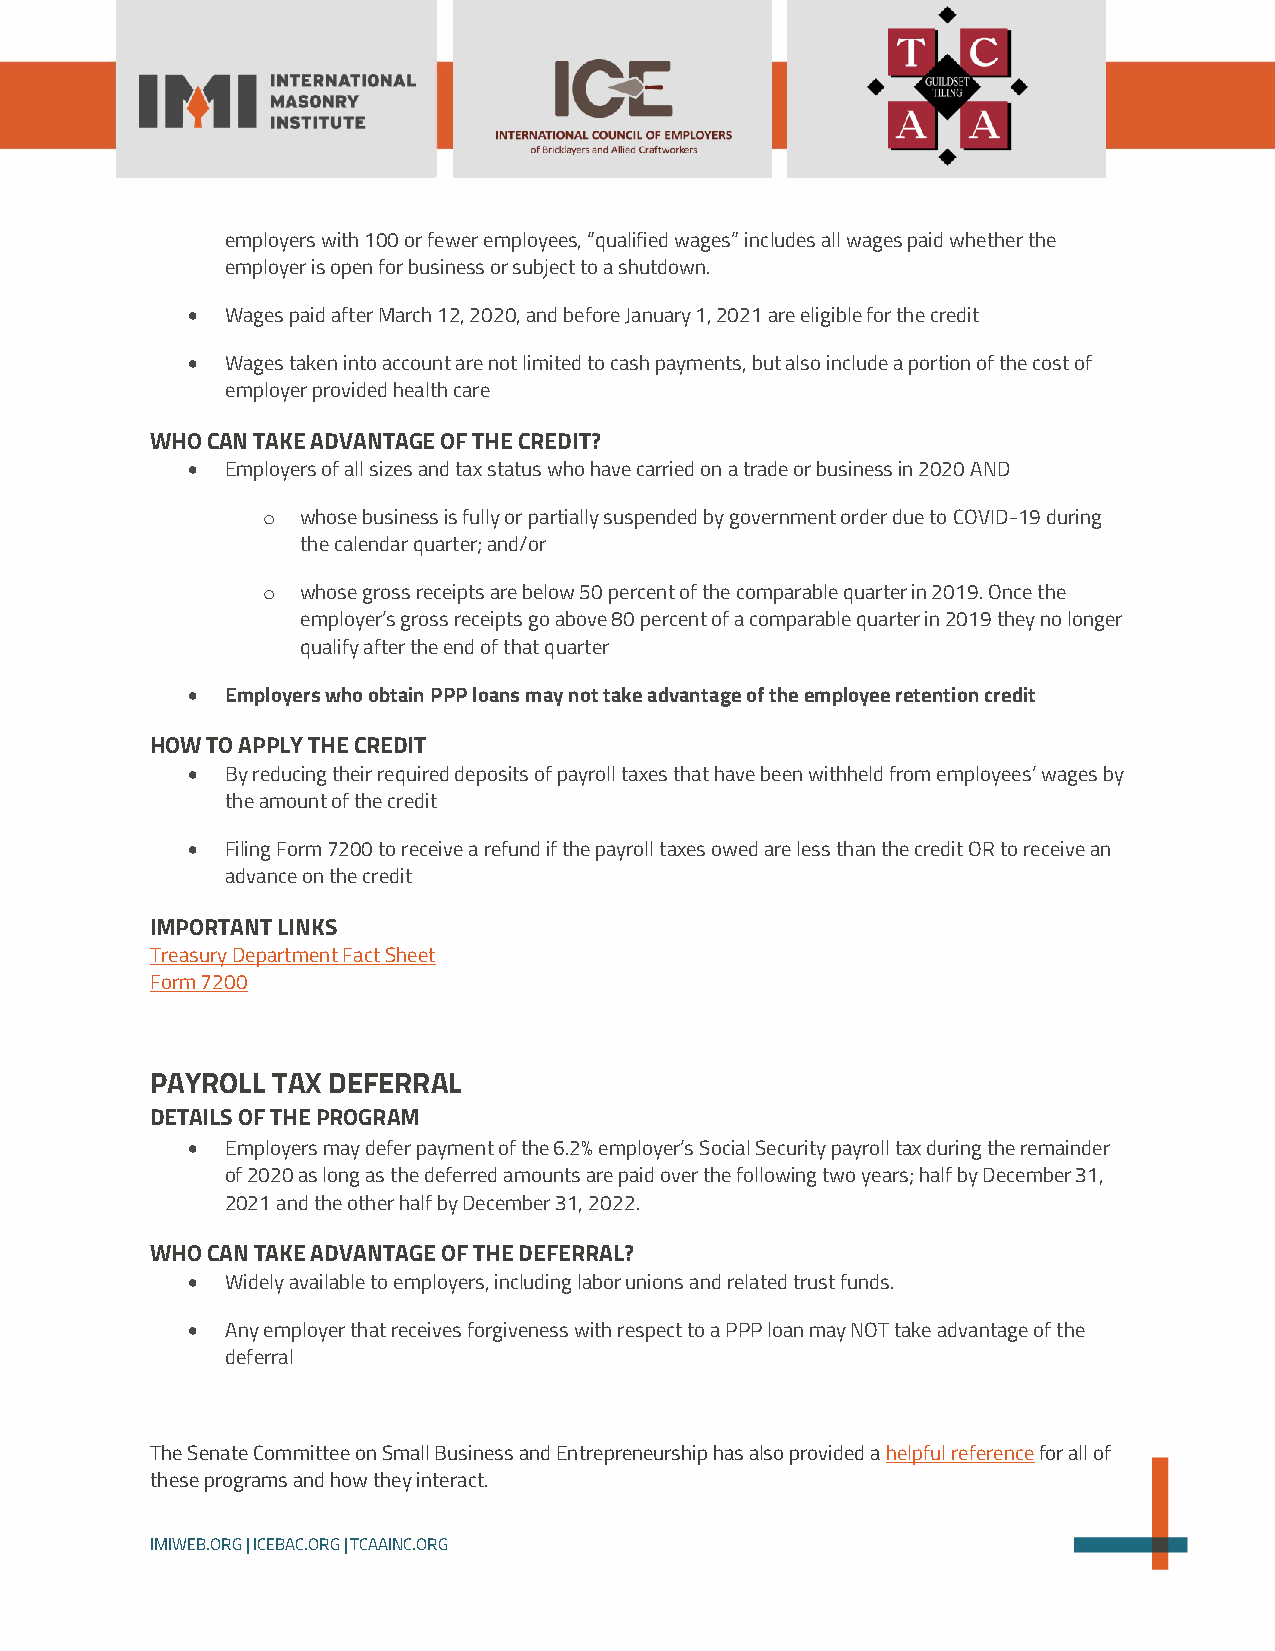
employers with 100 or fewer employees, “qualified wages” includes all wages paid whether the
 employer is open for business or subject to a shutdown.
 •  Wages paid after March 12, 2020, and before January 1, 2021 are eligible for the credit
 •  Wages taken into account are not limited to cash payments, but also include a portion of the cost of
 employer provided health care
 WHO CAN TAKE ADVANTAGE OF THE CREDIT?
 •  Employers of all sizes and tax status who have carried on a trade or business in 2020 AND
 o  whose business is fully or partially suspended by government order due to COVID-19 during
 the calendar quarter; and/or
 o  whose gross receipts are below 50 percent of the comparable quarter in 2019. Once the
 employer’s gross receipts go above 80 percent of a comparable quarter in 2019 they no longer
 qualify after the end of that quarter
 •  Employers who obtain PPP loans may not take advantage of the employee retention credit
 HOW TO APPLY THE CREDIT
 •  By reducing their required deposits of payroll taxes that have been withheld from employees’ wages by
 the amount of the credit
 •  Filing Form 7200 to receive a refund if the payroll taxes owed are less than the credit OR to receive an
 advance on the credit
 IMPORTANT LINKS
 Treasury Department Fact Sheet
 Form 7200
 PAYROLL TAX DEFERRAL
 DETAILS OF THE PROGRAM
 •  Employers may defer payment of the 6.2% employer’s Social Security payroll tax during the remainder
 of 2020 as long as the deferred amounts are paid over the following two years; half by December 31,
 2021 and the other half by December 31, 2022.
 WHO CAN TAKE ADVANTAGE OF THE DEFERRAL?
 •  Widely available to employers, including labor unions and related trust funds.
 •  Any employer that receives forgiveness with respect to a PPP loan may NOT take advantage of the
 deferral
 The Senate Committee on Small Business and Entrepreneurship has also provided a helpful reference for all of
 these programs and how they interact.
 IMIWEB.ORG | ICEBAC.ORG | TCAAINC.ORG